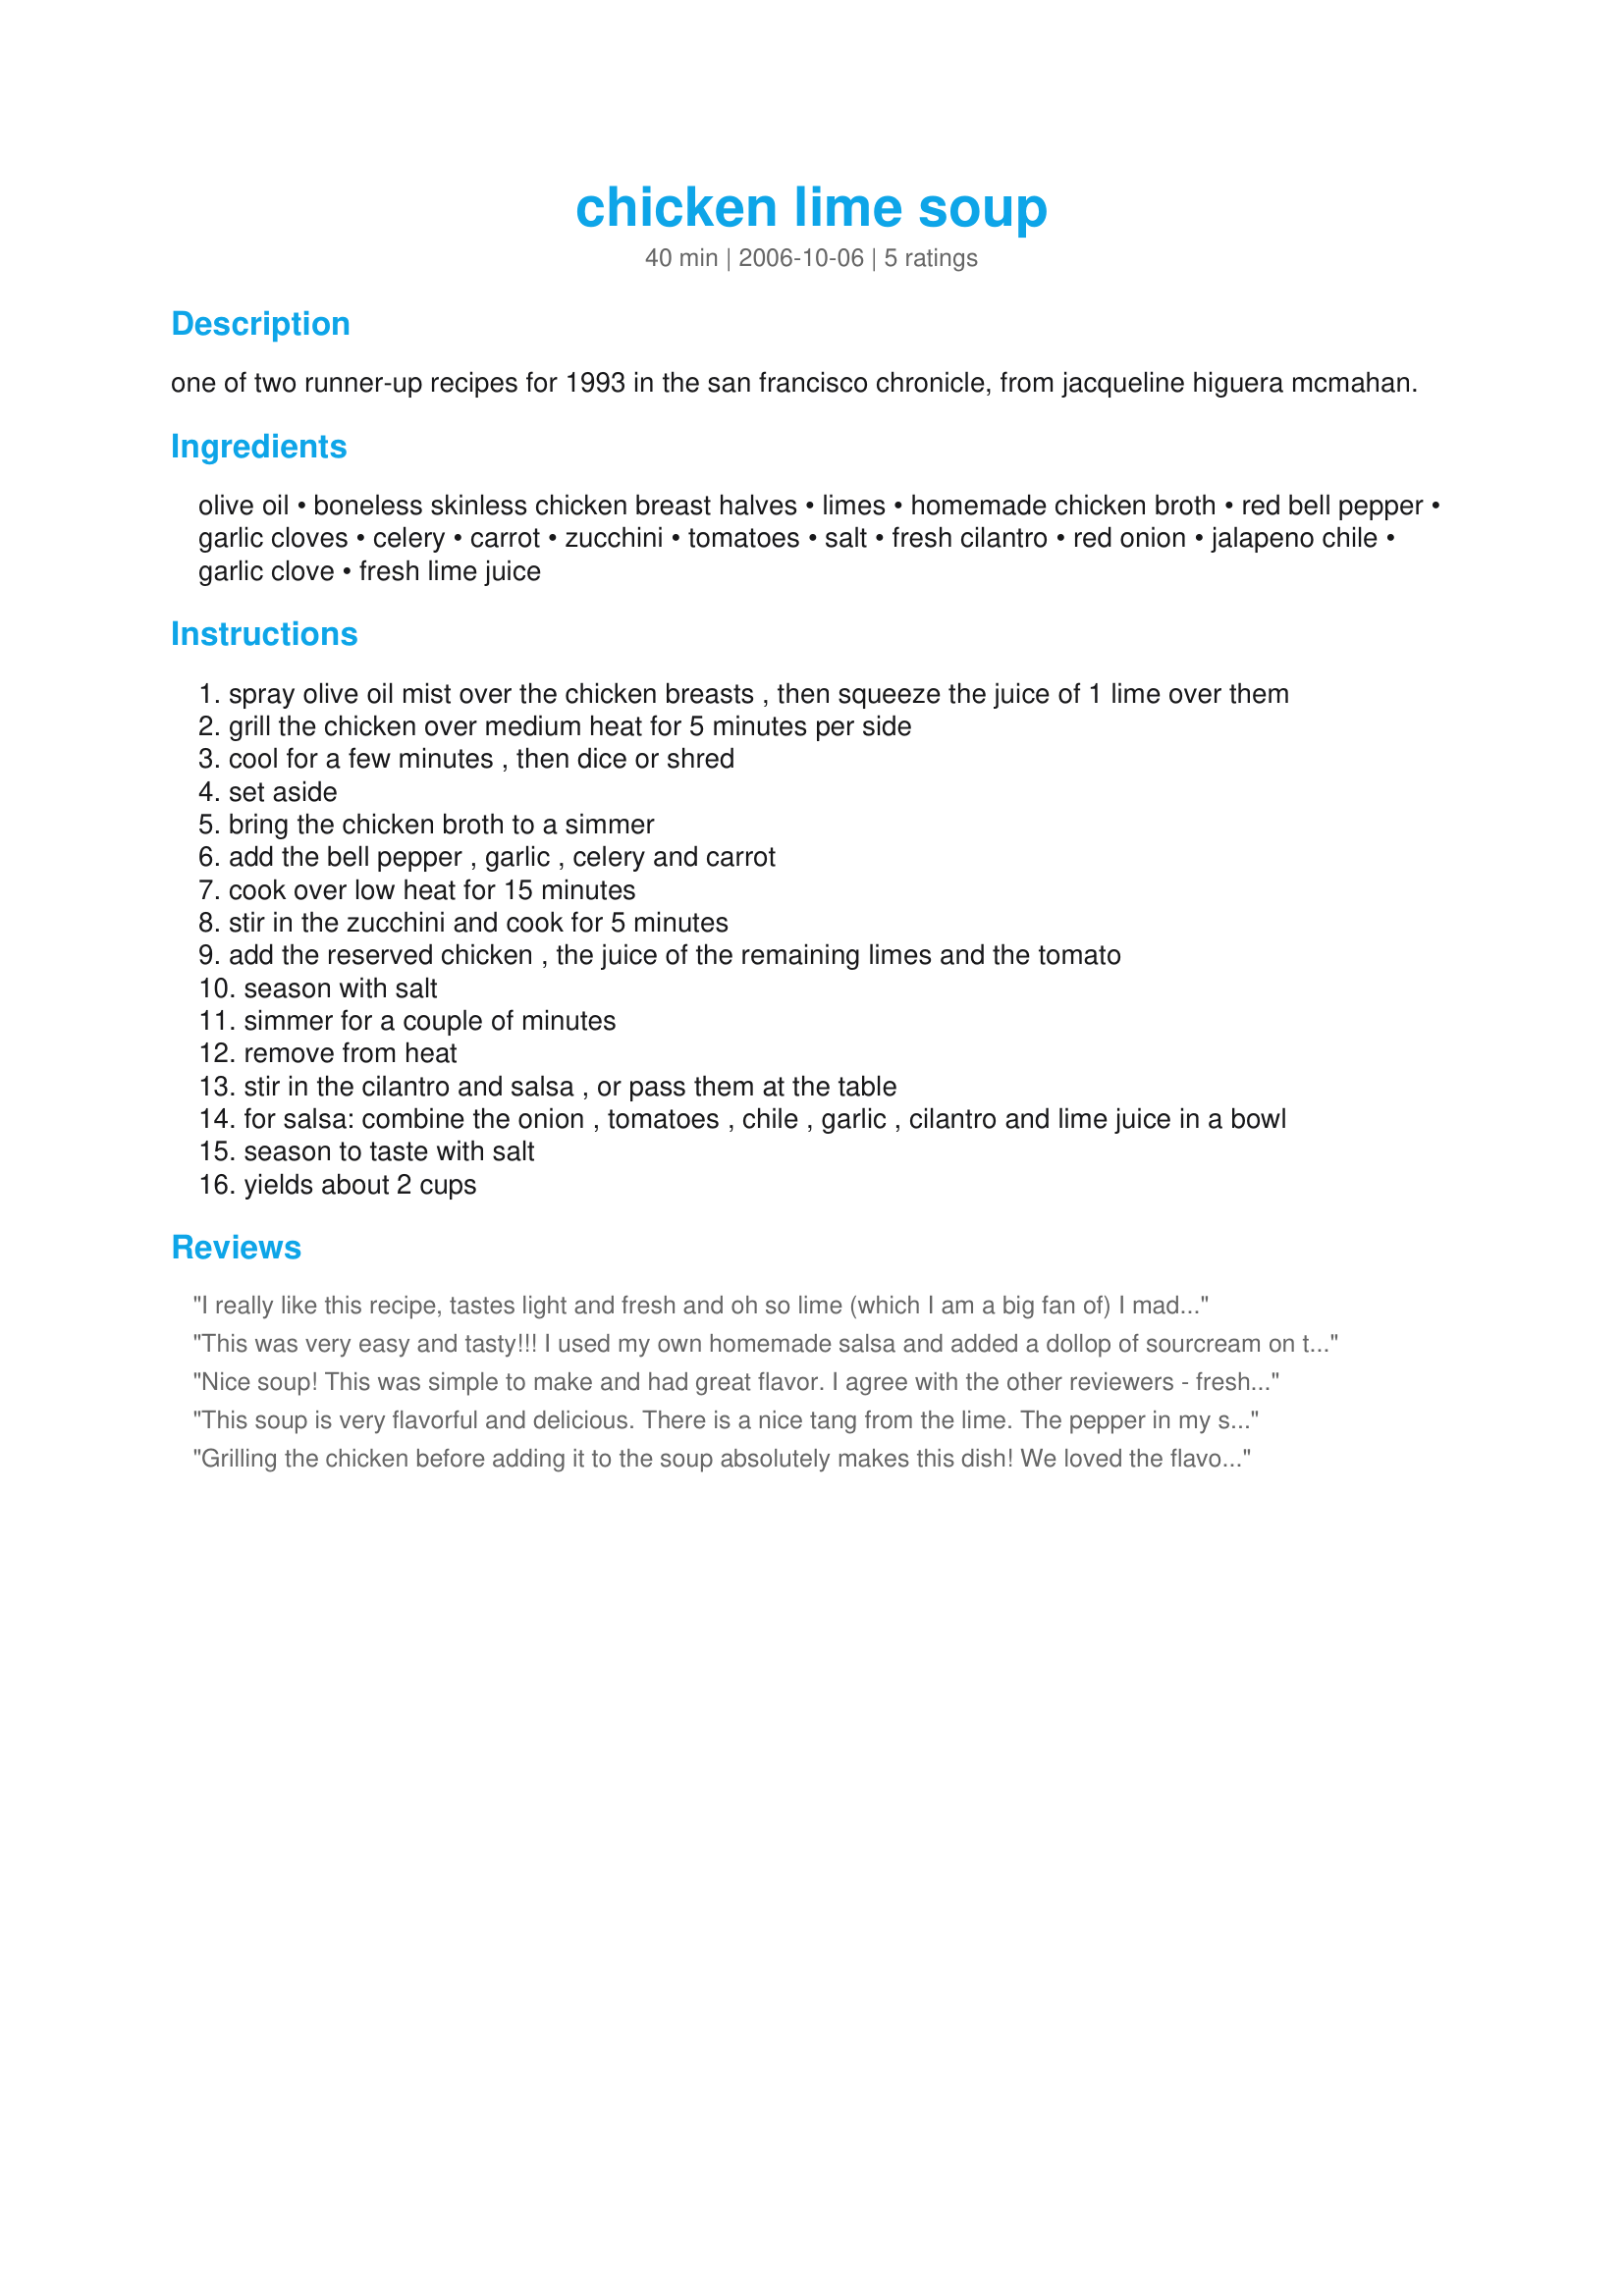
chicken lime soup
Preparation time: 40 minutes

one of two runner-up recipes for 1993 in the san francisco chronicle, from jacqueline higuera mcmahan.

Ingredients:
olive oil, boneless skinless chicken breast halves, limes, homemade chicken broth, red bell pepper, garlic cloves, celery, carrot, zucchini, tomatoes, salt, fresh cilantro, red onion, jalapeno chile, garlic clove, fresh lime juice

Steps:
spray olive oil mist over the chicken breasts , then squeeze the juice of 1 lime over them
grill the chicken over medium heat for 5 minutes per side
cool for a few minutes , then dice or shred
set aside
bring the chicken broth to a simmer
add the bell pepper , garlic , celery and carrot
cook over low heat for 15 minutes
stir in the zucchini and cook for 5 minutes
add the reserved chicken , the juice of the remaining limes and the tomato
season with salt
simmer for a couple of minutes
remove from heat
stir in the cilantro and salsa , or pass them at the table
for salsa: combine the onion , tomatoes , chile , garlic , cilantro and lime juice in a bowl
season to taste with salt
yields about 2 cups

Reviews:
I really like this recipe, tastes light and fresh and oh so lime (which I am a big fan of) I made it twice, once according to recipe and once I marinated the chicken for several hours. The marinade was chili and lime from another recipe which gave it that extra flavor. I will make many times again!
This was very easy and tasty!!! I used my own homemade salsa and added a dollop of sourcream on top too. It really is important to use fresh limes....don't cheat and use bottled. Thanks:)
Nice soup! This was simple to make and had great flavor. I agree with the other reviewers - fresh lime juice is a must for this one. Thanks evelyn for a nice lunch. Made for ZWT7 for the Emerald City Shakers.
This soup is very flavorful and delicious. There is a nice tang from the lime. The pepper in my salsa had quite a kick, so it added a nice bite to it. Thanks for sharing! Culinary Quest &#039;14
Grilling the chicken before adding it to the soup absolutely makes this dish! We loved the flavour of the lime juice with the vegetables, and the salsa is one of the best I've made recently. This is a fantastic, healthy soup. Thanks so much!
